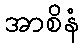
အာစိနံ